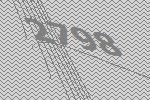
2798